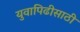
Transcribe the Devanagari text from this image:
युवापिढीसाठी